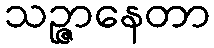
သဉ္ဇာနေတာ